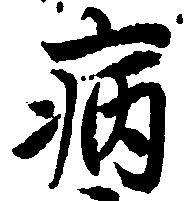
病